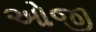
ઓજી